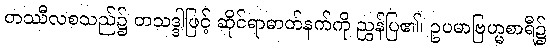
တဿီလစသည်၌ တသဒ္ဒါဖြင့် ဆိုင်ရာဓာတ်နက်ကို ညွှန်ပြ၏၊ ဥပမာဗြဟ္မစာရီ၌